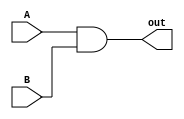
module and_lib #( parameter PwrC = 0) 
                ( 
                    input A,
                    input B,
                    output out);

// Retardos
        assign #(1:3:4, 1:3:4) out = A&B;

//assign #100 out = A&B;

endmodule